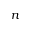
n